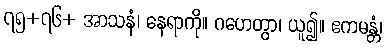
၇၅+၇၆+ အာသနံ၊ နေရာကို။ ဂဟေတွာ၊ ယူ၍။ ဧကမန္တံ၊